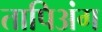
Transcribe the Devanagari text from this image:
तापिअंग